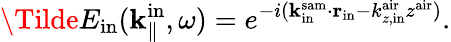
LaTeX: \Tilde{E}_{\mathrm{in}}({\mathbf k}_{\parallel}^{\mathrm{in}},\omega)=e^{-i({\mathbf k}_{\mathrm{in}}^{\mathrm{sam}}\cdot{\mathbf r_{\mathrm{in}}}-k_{z,\mathrm{in}}^{\mathrm{air}}z^{\mathrm{air}})}.